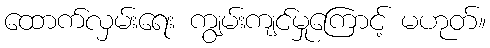
ထောက်လှမ်းရေး ကျွမ်းကျင်မှုကြောင့် မဟုတ်။